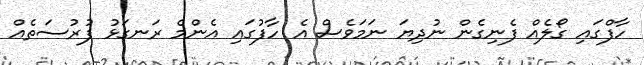
ހާފްގައި ގޯލެއް ފެނިގެން ނުދިޔަ ނަމަވެސް އެ ހާފުގައި އެންމެ ރަނގަޅު ފުރުސަތެއް